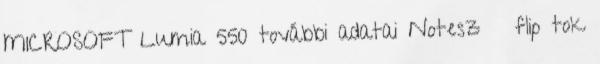
MICROSOFT Lumia 550 további adatai Notesz flip tok